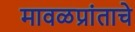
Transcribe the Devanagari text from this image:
मावळप्रांताचे